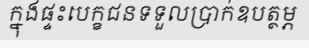
ក្នុងផ្ទះបេក្ខជនទទួលប្រាក់ឧបត្ថម្ភ